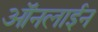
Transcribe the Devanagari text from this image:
ऑंनलाईन